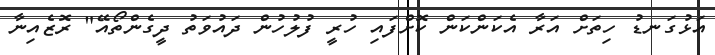
އަޅުގަނޑު ހިތަށް އަރާ އެކަންކަން ކޮށްފައި ހުރީ ފުލުހުން ދައުވަތު ދީގެންތޯއޭ" ރޮޒެއިނާ